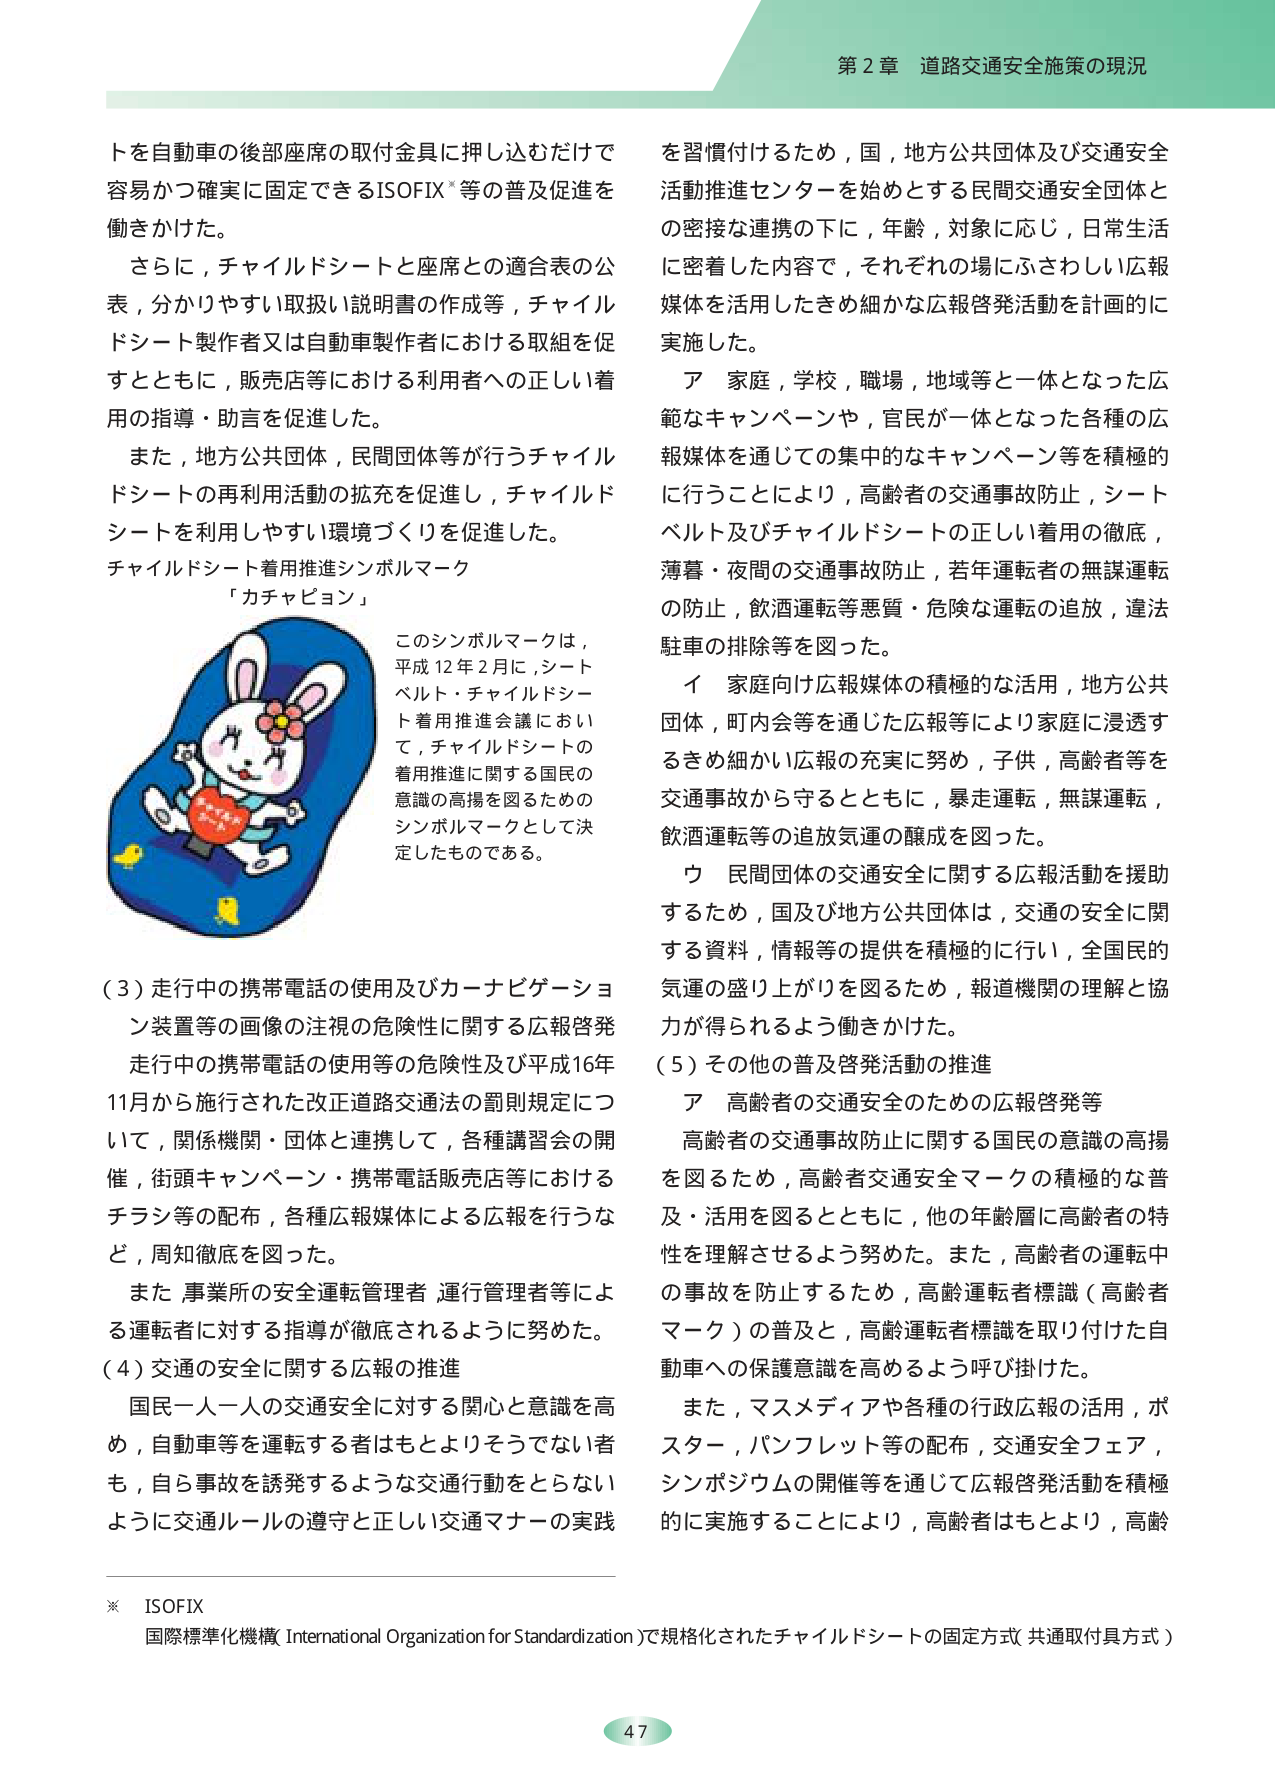
第２章 道路交通安全施策の現況

トを自動車の後部座席の取付金具に押し込むだけで容易かつ確実に固定できるISOFIX*等の普及促進を働きかけた。

さらに，チャイルドシートと座席との適合表の公表，分かりやすい取扱い説明書の作成等，チャイルドシート製作者又は自動車製作者における取組を促すとともに，販売店等における利用者への正しい着用の指導・助言を促進した。

また，地方公共団体，民間団体等が行うチャイルドシートの再利用活動の拡充を促進し，チャイルドシートを利用しやすい環境づくりを促進した。

チャイルドシート着用推進シンボルマーク
「カチャビョン」

このシンボルマークは，平成12年2月に，シートベルト・チャイルドシート着用推進会議において，チャイルドシートの着用推進に関する国民の意識の高揚を図るためのシンボルマークとして決定したものである。

（3）走行中の携帯電話の使用及びカーナビゲーション装置等の画像の注視の危険性に関する広報啓発

走行中の携帯電話の使用等の危険性及び平成16年11月から施行された改正道路交通法の罰則規定について，関係機関・団体と連携して，各種講習会の開催，街頭キャンペーン・携帯電話販売店等におけるチラシ等の配布，各種広報媒体による広報を行うなど，周知徹底を図った。

また，事業所の安全運転管理者，運行管理者等による運転者に対する指導が徹底されるように努めた。

（4）交通の安全に関する広報の推進

国民一人一人の交通安全に対する関心と意識を高め，自動車等を運転する者はもとよりそうでない者も，自ら事故を誘発するような交通行動をとらないように交通ルールの遵守と正しい交通マナーの実践

を習慣付けるため，国，地方公共団体及び交通安全活動推進センターを始めとする民間交通安全団体との密接な連携の下に，年齢，対象に応じ，日常生活に密着した内容で，それぞれの場にふさわしい広報媒体を活用したきめ細かな広報啓発活動を計画的に実施した。

ア 家庭，学校，職場，地域等と一体となった広範なキャンペーンや，官民が一体となった各種の広報媒体を通じての集中的なキャンペーン等を積極的に行うことにより，高齢者の交通事故防止，シートベルト及びチャイルドシートの正しい着用の徹底，薄暮・夜間の交通事故防止，若年運転者の無謀運転の防止，飲酒運転等悪質・危険な運転の追放，違法駐車の排除等を図った。

イ 家庭向け広報媒体の積極的な活用，地方公共団体，町内会等を通じた広報等により家庭に浸透するきめ細かい広報の充実に努め，子供，高齢者等を交通事故から守るとともに，暴走運転，無謀運転，飲酒運転等の追放気運の醸成を図った。

ウ 民間団体の交通安全に関する広報活動を援助するため，国及び地方公共団体は，交通の安全に関する資料，情報等の提供を積極的に行い，全国民的気運の盛り上がりを図るため，報道機関の理解と協力が得られるよう働きかけた。

（5）その他の普及啓発活動の推進

ア 高齢者の交通安全のための広報啓発等

高齢者の交通事故防止に関する国民の意識の高揚を図るため，高齢者交通安全マークの積極的な普及・活用を図るとともに，他の年齢層に高齢者の特性を理解させるよう努めた。また，高齢者の運転中の事故を防止するため，高齢運転者標識（高齢者マーク）の普及と，高齢運転者標識を取り付けた自動車への保護意識を高めるよう呼び掛けた。

また，マスメディアや各種の行政広報の活用，ポスター，パンフレット等の配布，交通安全フェア，シンポジウムの開催等を通じて広報啓発活動を積極的に実施することにより，高齢者はもとより，高齢

※ ISOFIX
国際標準化機構（International Organization for Standardization）で規格化されたチャイルドシートの固定方式（共通取付具方式）

47